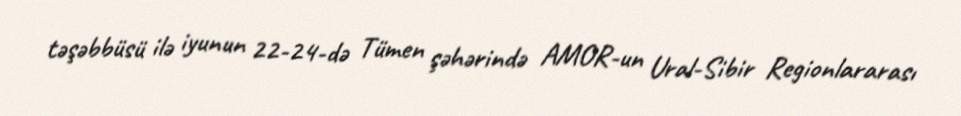
təşəbbüsü ilə iyunun 22-24-də Tümen şəhərində AMOR-un Ural-Sibir Regionlararası